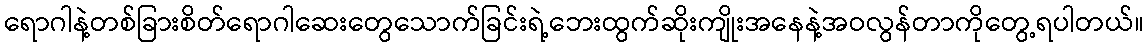
ရောဂါနဲ့တစ်ခြားစိတ်ရောဂါဆေးတွေသောက်ခြင်းရဲ့ဘေးထွက်ဆိုးကျိုးအနေနဲ့အဝလွန်တာကိုတွေ့ရပါတယ်။